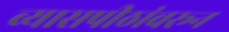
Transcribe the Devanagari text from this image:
व्यासपीठांवरून